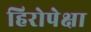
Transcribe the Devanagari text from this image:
हिरोपेक्षा